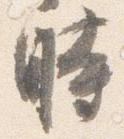
時